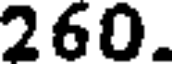
260.